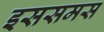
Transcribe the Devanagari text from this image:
इससमस